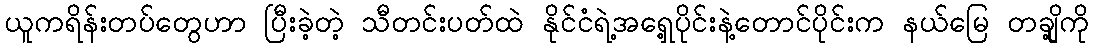
ယူကရိန်းတပ်တွေဟာ ပြီးခဲ့တဲ့ သီတင်းပတ်ထဲ နိုင်ငံရဲ့အရှေ့ပိုင်းနဲ့တောင်ပိုင်းက နယ်မြေ တချို့ကို